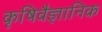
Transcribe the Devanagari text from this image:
कृषिवैज्ञानिक